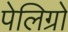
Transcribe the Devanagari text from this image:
पेलिग्रो